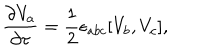
LaTeX: \frac { \partial V _ { a } } { \partial \tau } = \frac 1 2 \epsilon _ { a b c } [ V _ { b } , V _ { c } ] ,